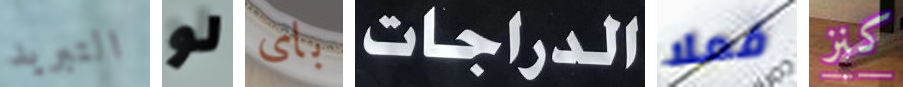
التبريد لو باى الدراجات فعلا كنز